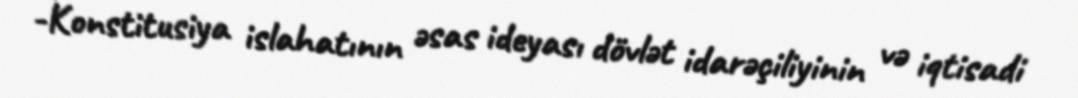
-Konstitusiya islahatının əsas ideyası dövlət idarəçiliyinin və iqtisadi